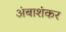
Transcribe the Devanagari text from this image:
अंबाशंकर